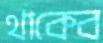
থাকেব